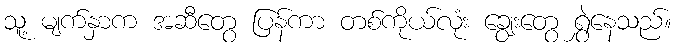
သူ့ မျက်နှာက အဆီတွေ ပြန်ကာ တစ်ကိုယ်လုံး ချွေးတွေ ရွှဲနေသည်။